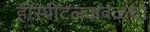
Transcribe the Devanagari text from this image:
हॉस्पीटलजवळचा